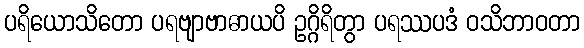
ပရိယောသိတော ပရဗျာဗာဓာယပိ ဥဂ္ဂိရိတွာ ပရဿပဒံ ဝသိဘာဝတာ